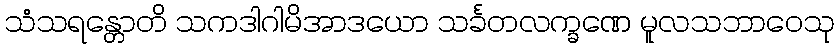
သံသရန္တောတိ သကဒါဂါမိအာဒယော သင်္ခတလက္ခဏေ မူလသဘာဝေသု